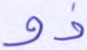
ذو